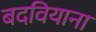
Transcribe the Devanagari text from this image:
बदवियाना